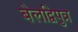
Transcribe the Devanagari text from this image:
बेलद्विपुत्र